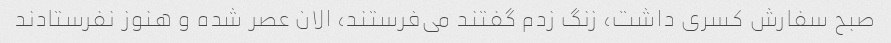
صبح سفارش کسری داشت، زنگ زدم گفتند می‌فرستند، الان عصر شده و هنوز نفرستادند